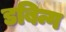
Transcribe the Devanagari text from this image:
डबिन्ग